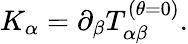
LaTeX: K_{\alpha}=\partial_{\beta}T_{\alpha\beta}^{(\theta=0)}.